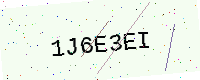
Text: 1J6E3EI